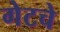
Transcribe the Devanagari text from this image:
गेटचे